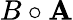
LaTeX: B\circ\mathbf{A}